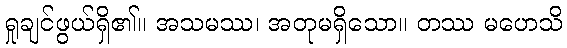
ရှုချင်ဖွယ်ရှိ၏။ အသမဿ၊ အတုမရှိသော။ တဿ မဟေသိ